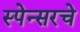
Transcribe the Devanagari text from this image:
स्पेन्सरचे